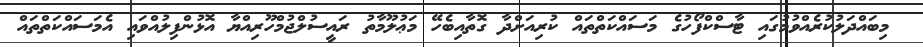
މިބައްދަލުކުރެެއްވުމުގައި ޓާސްކްފޯހުގެ މަސައްކަތްތައް ކުރިއަށްދާ ގޮތާއިބެހޭ މަޢުލޫމާތު ރައީސުލްޖުމްހޫރިއްޔާ އޮޅުންފިލުއްވައި އެމަސައްކަތްތައް